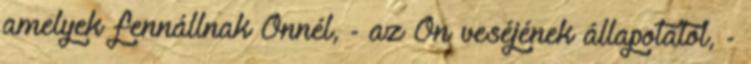
amelyek fennállnak Önnél, - az Ön veséjének állapotától, -